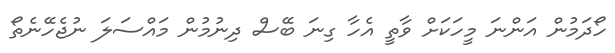
ހޯދަމުން އަންނަ މީހަކަށް ވާތީ އެހާ ގިނަ ބޭސް ދިނުމުން މައްސަލަ ނުޖެހޭނެތޯ